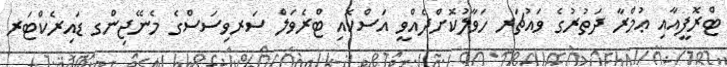
ޓްރޮފީއާއި ޢުމްރާ ދަތުރުގެ ވައުޗަރ ހަވާލުކޮށްދެއްވީ އަސްކޮއި ޓްރެވަލް ސަރވިސަސްގެ މެނޭޖިންގ ޑައިރެކްޓަރ